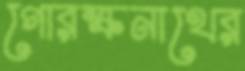
গোরক্ষনাথের